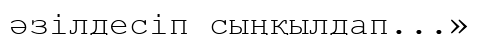
әзілдесіп сыңқылдап...»